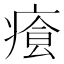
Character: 𤸐